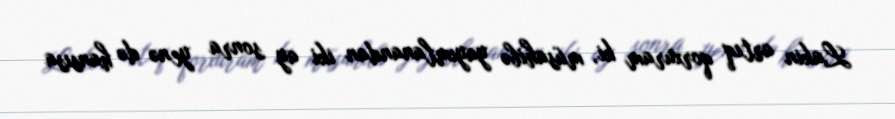
Lakin artıq qorxuram ki, müsahibə yayımlanandan iki ay sonra yenə də hansısa